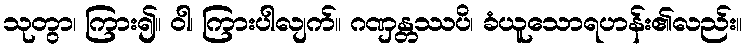
သုတွာ၊ ကြား၍။ ဝါ၊ ကြားပါလျက်။ ဂဏှန္တဿပိ၊ ခံယူသောရဟန်း၏လည်း။